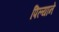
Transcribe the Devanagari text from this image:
पिल्याने